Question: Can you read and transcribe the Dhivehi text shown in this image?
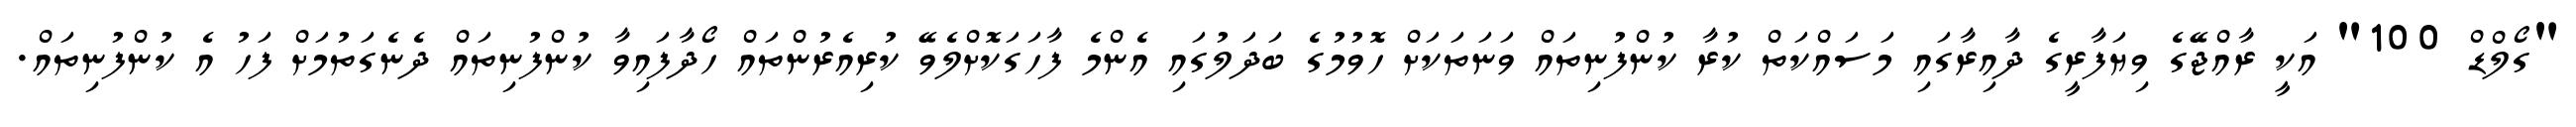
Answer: "ގޯލްޑް 100" އަކީ ރާއްޖޭގެ ވިޔަފާރީގެ ދާއިރާގައި މަސައްކަތް ކުރާ ކުންފުނިތައް ވަނަތަކަށް ހޮވުމުގެ ބަދަލުގައި އެންމެ ފާހަގަކޮށްލެވޭ ކުރިއެރުންތައް ހޯދާފައިވާ ކުންފުނިތައް ދެނެގަތުމަށް ފަހު އެ ކުންފުނިތައް.